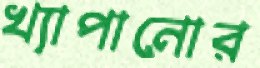
খ্যাপানোর